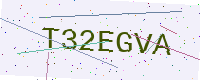
Text: T32EGVA